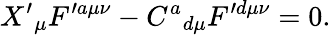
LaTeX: X^{\prime}{}_{\mu}F^{\prime a\mu\nu}-C^{a}{}_{d\mu}F^{\prime d\mu\nu}=0.